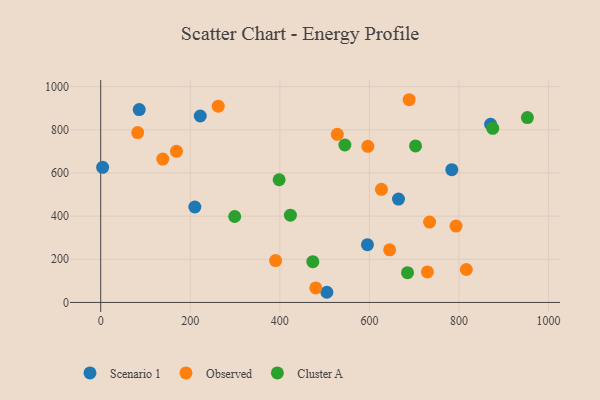
{"axis": {"x": "Distance", "y": "Demand"}, "legend": ["Cluster A", "Observed", "Scenario 1"], "data": [{"x": "4.3", "y": 626.2, "type": "Scenario 1"}, {"x": "222.3", "y": 864.1, "type": "Scenario 1"}, {"x": "86.0", "y": 893.7, "type": "Scenario 1"}, {"x": "664.9", "y": 479.1, "type": "Scenario 1"}, {"x": "870.6", "y": 825.9, "type": "Scenario 1"}, {"x": "505.0", "y": 47.1, "type": "Scenario 1"}, {"x": "784.0", "y": 615.5, "type": "Scenario 1"}, {"x": "210.2", "y": 442.3, "type": "Scenario 1"}, {"x": "595.6", "y": 267.6, "type": "Scenario 1"}, {"x": "729.5", "y": 141.5, "type": "Observed"}, {"x": "734.3", "y": 372.4, "type": "Observed"}, {"x": "262.4", "y": 909.8, "type": "Observed"}, {"x": "816.4", "y": 152.6, "type": "Observed"}, {"x": "688.7", "y": 939.5, "type": "Observed"}, {"x": "793.4", "y": 354.0, "type": "Observed"}, {"x": "82.6", "y": 787.4, "type": "Observed"}, {"x": "138.6", "y": 664.6, "type": "Observed"}, {"x": "626.8", "y": 524.3, "type": "Observed"}, {"x": "645.2", "y": 243.7, "type": "Observed"}, {"x": "169.2", "y": 700.3, "type": "Observed"}, {"x": "480.2", "y": 67.4, "type": "Observed"}, {"x": "596.5", "y": 723.6, "type": "Observed"}, {"x": "390.5", "y": 194.0, "type": "Observed"}, {"x": "528.3", "y": 779.2, "type": "Observed"}, {"x": "299.2", "y": 398.2, "type": "Cluster A"}, {"x": "703.0", "y": 725.3, "type": "Cluster A"}, {"x": "423.6", "y": 404.3, "type": "Cluster A"}, {"x": "398.4", "y": 568.6, "type": "Cluster A"}, {"x": "473.6", "y": 189.0, "type": "Cluster A"}, {"x": "545.2", "y": 729.7, "type": "Cluster A"}, {"x": "875.4", "y": 806.9, "type": "Cluster A"}, {"x": "952.7", "y": 856.8, "type": "Cluster A"}, {"x": "685.1", "y": 137.9, "type": "Cluster A"}]}